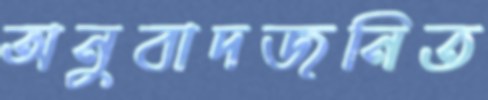
অনুবাদজনিত